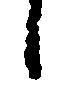
候